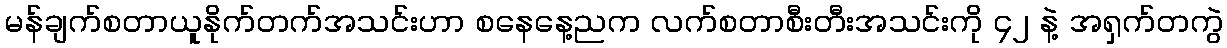
မန်ချက်စတာယူနိုက်တက်အသင်းဟာ စနေနေ့ညက လက်စတာစီးတီးအသင်းကို ၄၂ နဲ့ အရှက်တကွဲ